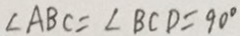
\angle A B C = \angle B C D = 9 0 ^ { \circ }